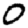
Digit: 0